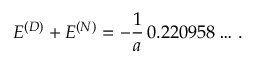
E ^ { ( \cal D ) } + E ^ { ( \cal N ) } = - \frac { 1 } { a } \, 0 . 2 2 0 9 5 8 \dots \, { . }